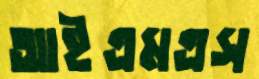
আইএমএস